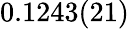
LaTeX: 0.1243(21)